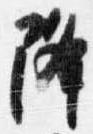
降